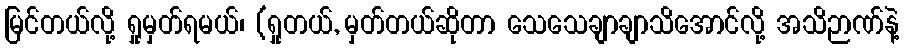
မြင်တယ်လို့ ရှုမှတ်ရမယ်၊ (ရှုတယ်, မှတ်တယ်ဆိုတာ သေသေချာချာသိအောင်လို့ အသိဉာဏ်နဲ့